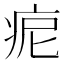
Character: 痆